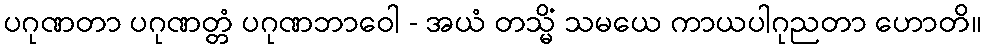
ပဂုဏတာ ပဂုဏတ္တံ ပဂုဏဘာဝေါ - အယံ တသ္မိံ သမယေ ကာယပါဂုညတာ ဟောတိ။